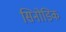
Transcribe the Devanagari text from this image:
सिनोडिक